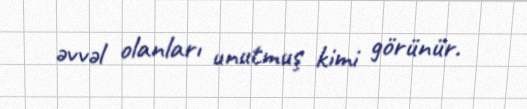
əvvəl olanları unutmuş kimi görünür.